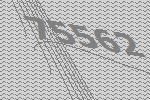
75562